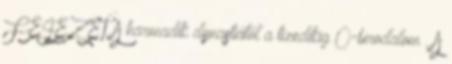
FEJEZET A harmadik dynastiától a tizedikig Ó-birodalom . A